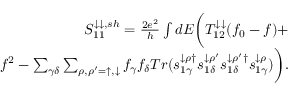
\begin{array} { r } { { S _ { 1 1 } ^ { \downarrow \downarrow , s h } = \frac { 2 e ^ { 2 } } { h } \int d E \bigg ( T _ { 1 2 } ^ { \downarrow \downarrow } ( f _ { 0 } - f ) + } } \\ { { f ^ { 2 } - \sum _ { \gamma \delta } \sum _ { \rho , \rho ^ { \prime } = \uparrow , \downarrow } f _ { \gamma } f _ { \delta } T r ( s _ { 1 \gamma } ^ { \downarrow \rho \dagger } s _ { 1 \delta } ^ { \downarrow \rho ^ { \prime } } s _ { 1 \delta } ^ { \downarrow \rho ^ { \prime } \dagger } s _ { 1 \gamma } ^ { \downarrow \rho } ) \bigg ) . } } \end{array}